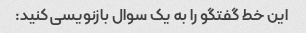
این خط گفتگو را به یک سوال بازنویسی کنید: